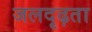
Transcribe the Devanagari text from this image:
जलदृढ़ता